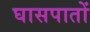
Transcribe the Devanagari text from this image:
घासपातों